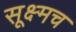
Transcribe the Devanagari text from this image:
सूक्ष्मच